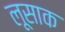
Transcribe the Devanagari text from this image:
लूसाक